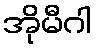
အိုမီဂါ